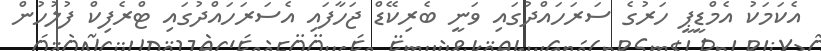
އެކަމަކު އެމްޑީޕީ ހަރުގެ ސަރަހައްދުގައި ވަނީ ބެރިކޭޑް ޖަހާފައި އެސަރަހައްދުގައި ޓްރެފިކް ފުލުހުން